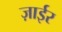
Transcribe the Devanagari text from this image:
ज़ाईर